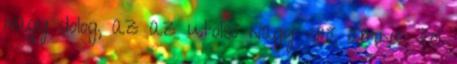
nagy dolog, az az utolsó nagy erő, amivel fel